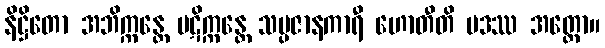
နိဋ္ဌိတော အဘိက္ကန္တေ ပဋိက္ကန္တေ သမ္ပဇာနကာရီ ဟောတီတိ ပဒဿ အတ္ထော။